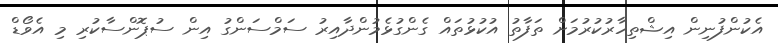
އެކުންފުނިން އިޝްތިހާރުކުރުމަށް ތަފާތު އުކުޅުތައް ގެންގުޅެމުންދާއިރު ސަމްސަންގު އިން ސުޕޮންސާކުރި މި އެވޯޑް